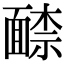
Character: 𩈶